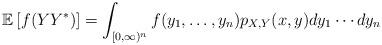
LaTeX: \begin{align*} \mathbb E \left[f(YY^*) \right]= \int_{[0,\infty)^n} f(y_1, \ldots, y_n) p_{X,Y}(x,y) dy_1 \cdots dy_n\end{align*}